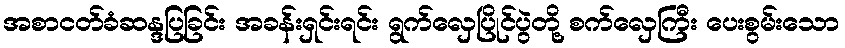
အစာငတ်ခံဆန္ဒပြခြင်း အခန်းရှင်းရင်း ရွက်လှေပြိုင်ပွဲတို့ စက်လှေကြီး ပေးစွမ်းသော